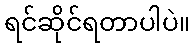
ရင်ဆိုင်ရတာပါပဲ။